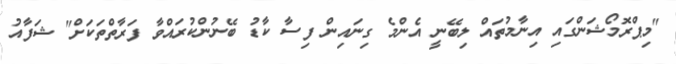
"މިޕްރޮމޯޝަންގައި އިނާމުތައް ލިބޭނީ އެންމެ ގިނައިން ފިސާ ކާޑު ބޭނުންކުރައްވާ ފަރާތްތަކަށް" ޝަފާއު